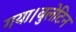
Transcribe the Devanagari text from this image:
गया।बुलेटिन